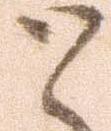
と